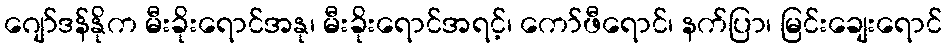
ဂျော်ဒန်နိုက မီးခိုးရောင်အနု၊ မီးခိုးရောင်အရင့်၊ ကော်ဖီရောင်၊ နက်ပြာ၊ မြင်းချေးရောင်